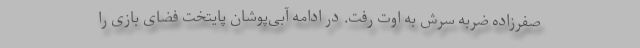
صفرزاده ضربه سرش به اوت رفت. در ادامه آبی‌پوشان پایتخت فضای بازی را